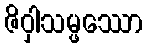
ဇိဝှါသမ္ဖဿော